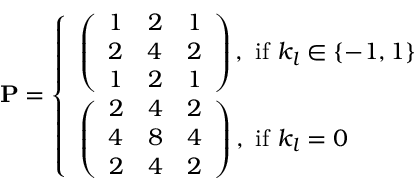
\mathbf { P } = \left\{ \begin{array} { l l } { \left( \begin{array} { r r r } { 1 } & { 2 } & { 1 } \\ { 2 } & { 4 } & { 2 } \\ { 1 } & { 2 } & { 1 } \end{array} \right) \mathrm { , ~ i f ~ } k _ { l } \in \{ - 1 , 1 \} } \\ { \left( \begin{array} { r r r } { 2 } & { 4 } & { 2 } \\ { 4 } & { 8 } & { 4 } \\ { 2 } & { 4 } & { 2 } \end{array} \right) \mathrm { , ~ i f ~ } k _ { l } = 0 } \end{array} \right.